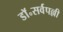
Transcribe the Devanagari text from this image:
डॉ॰सर्वपल्ली